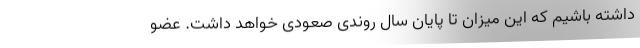
داشته باشيم كه اين ميزان تا پايان سال روندی صعودی خواهد داشت. عضو